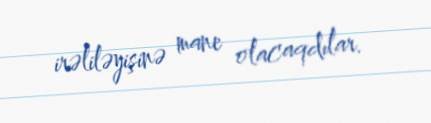
irəliləyişinə mane olacaqdılar.